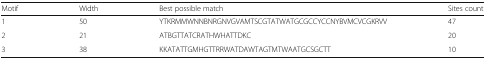
| Motif | Width | Best possible match | Sites count |
 | --- | --- | --- | --- |
 | 1 | 50 | YTKRMMWNNBNRGNVGVAMTSCGTATWATGCGCCYCCNYBVMCVCGKRVV | 47 |
 | 2 | 21 | ATBGTTATCRATHWHATTDKC | 20 |
 | 3 | 38 | KKATATTGMHGTTRRWATDAWTAGTMTWAATGCSGCTT | 10 |